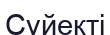
Сүйекті